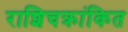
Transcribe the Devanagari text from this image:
राशिचक्रांकित